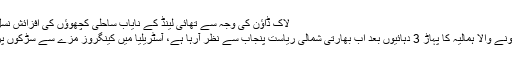
لاک ڈاؤن کی وجہ سے تھائی لینڈ کے نایاب ساحلی کچھوؤں کی افزائشِ نسل میں بہتری آئی ہے
نظروں سے اوجھل ہونے والا ہمالیہ کا پہاڑ 3 دہائیوں بعد اب بھارتی شمالی ریاست پنجاب سے نظر آرہا ہے، آسٹریلیا میں کینگروز مزے سے سڑکوں پر گھومتے نظر آئے۔